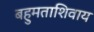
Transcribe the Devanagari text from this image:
बहुमताशिवाय